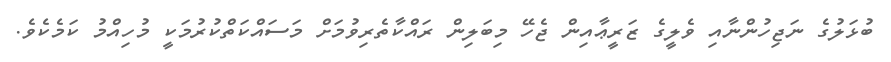
ބުޅަލުގެ ނަޖިހުންނާއި ވެލީގެ ޒަރީޢާއިން ޖެހޭ މިބަލިން ރައްކާތެރިވުމަށް މަސައްކަތްކުރުމަކީ މުހިއްމު ކަމެކެވެ.